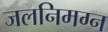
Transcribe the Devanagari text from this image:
जलनिमग्न